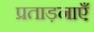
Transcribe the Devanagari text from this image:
प्रताड़नाएँ